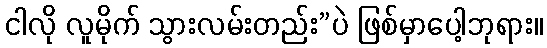
ငါလို လူမိုက် သွားလမ်းတည်း”ပဲ ဖြစ်မှာပေါ့ဘုရား။